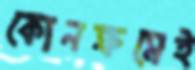
কোনক্রমেই